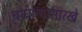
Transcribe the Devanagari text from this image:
बांधण्यासारखे